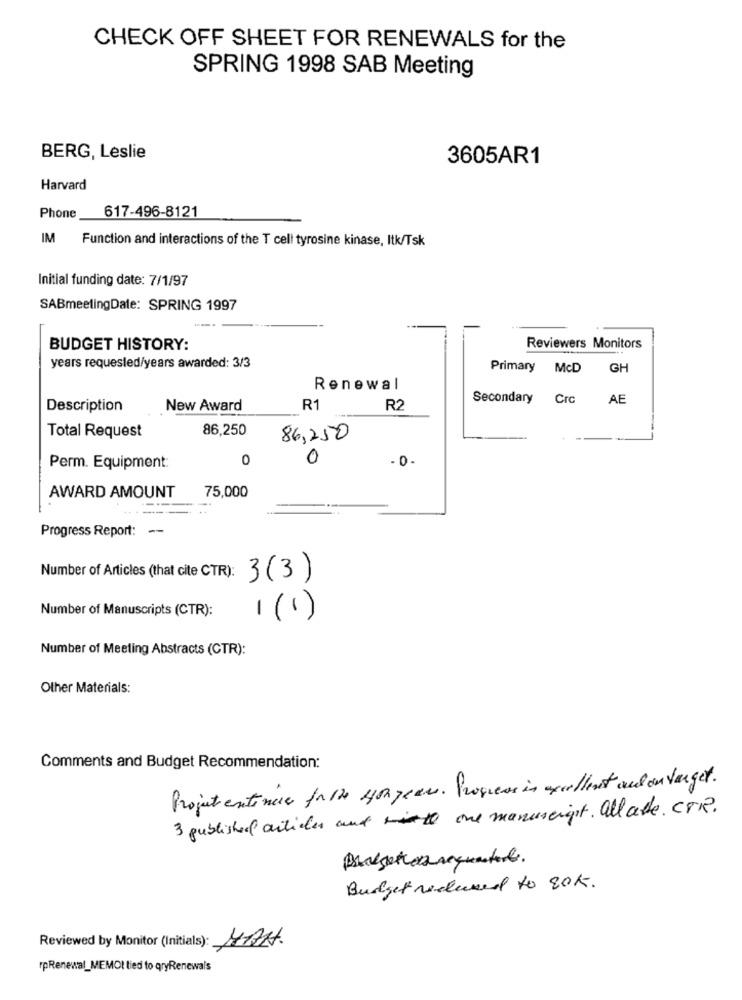
CHECK OFF SHEET FOR RENEWALS for the
SPRING 1998 SAB Meeting
BERG, Leslie
3605AR1
Harvard
Phone
617-496-8121
IM
Function and interactions of the T cell tyrosine kinase, Itk/Tsk
Initial funding date: 7/1/97
SABmeetingDate: SPRING 1997
----
BUDGET HISTORY:
Reviewers Monitors
years requested/years awarded: 3/3
Primary
McD
GH
Renewal
Secondary
Crc AE
Description
New Award
R1
R2
86,250
Total Request
86,250
0
0
0
Perm. Equipment:
AWARD AMOUNT
75,000
Progress Report: --
Number of Articles (that cite CTR): 3 (3 )
Number of Manuscripts (CTR):
1 (1)
Number of Meeting Abstracts (CTR):
Other Materials:
Comments and Budget Recommendation:
Projet entenue false Hopezu. Progress in excellent autour target.
3 published articles and one manuscript. allatte. CTR.
Présentez requested.
Budget reduced to 20K.
Reviewed by Monitor (Initials): MAN.
rpRenewal_MEMOt tied to qryRenewals